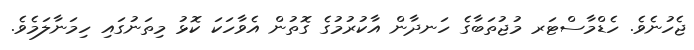
ޖެހުނެވެ. ހެޑްމާސްޓަރ މުޖުތަބާގެ ހަނދާން އާކުރުމުގެ ގޮތުން އެވާހަކަ ކޮޅު މިތަނުގައި ހިމަނާލަމެވެ.